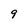
Character: 9